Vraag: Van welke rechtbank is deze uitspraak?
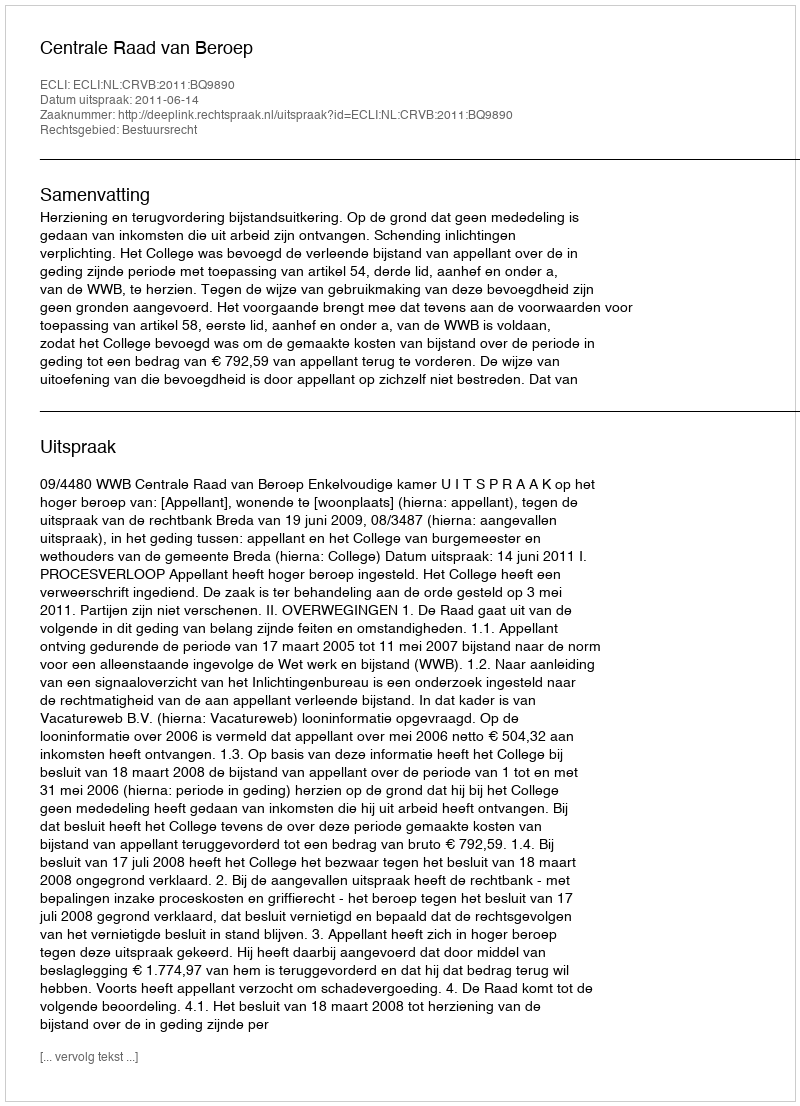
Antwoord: Centrale Raad van Beroep